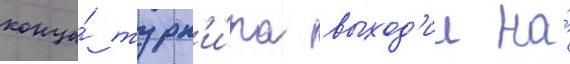
конца́ турн'и́ра выход'ил на́